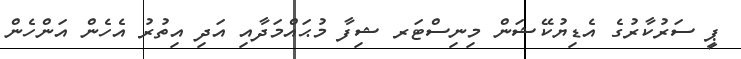
ޕީ ސަރުކާރުގެ އެޑިޔުކޭޝަން މިނިސްޓަރ ޝިފާ މުޙައްމަދާއި އަދި އިތުރު އެހެން އަންހެން